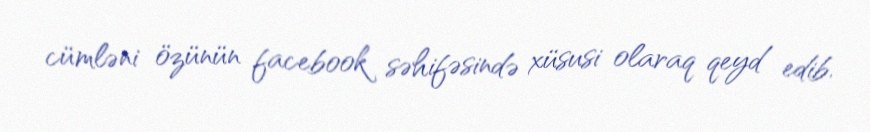
cümləni özünün facebook səhifəsində xüsusi olaraq qeyd edib.